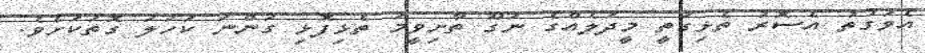
އެވަގުތު އެސޮރު ތެޅިގަތީ މީދަލެއްގެ ނަގޫ ތާށިވީމަ ތެޅިފޮޅި ގަންނަ ކަހަލަ ގޮތަކަށެވެ.